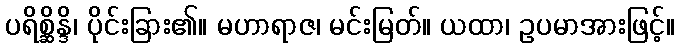
ပရိစ္ဆိန္ဒိ၊ ပိုင်းခြား၏။ မဟာရာဇ၊ မင်းမြတ်။ ယထာ၊ ဥပမာအားဖြင့်။